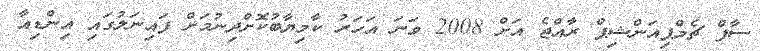
ސާފް ޗެމްޕިއަންޝިޕް ރާއްޖެ އަށް 2008 ވަނަ އަހަރު ކާމިޔާބުކޮށްދިނުމަށް ފައިނަލުގައި އިންޑިއާ